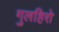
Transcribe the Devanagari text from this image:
गुलहिरो